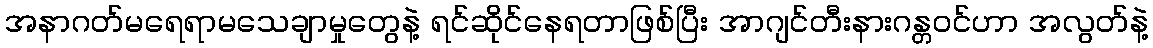
အနာဂတ်မရေရာမသေချာမှုတွေနဲ့ ရင်ဆိုင်နေရတာဖြစ်ပြီး အာဂျင်တီးနားဂန္တဝင်ဟာ အလွတ်နဲ့